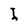
Character: I